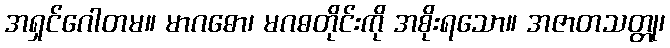
အရှင်ဂေါတမ။ မာဂဓော၊ မဂဓတိုင်းကို အစိုးရသော။ အဇာတသတ္တု၊